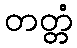
တတ္တံ